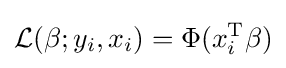
{\mathcal {L}}(\beta ;y_{i},x_{i})=\Phi (x_{i}^{\operatorname {T} }\beta )